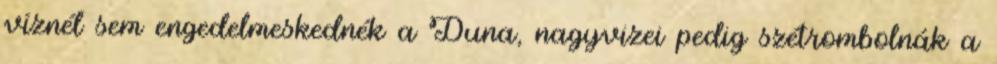
víznél sem engedelmeskednék a Duna, nagyvizei pedig szétrombolnák a